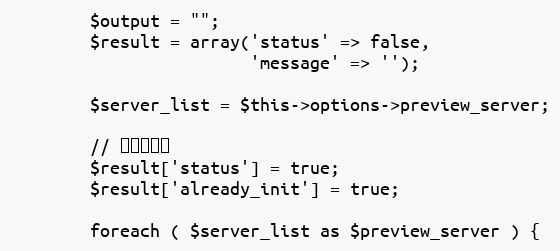
Language: PHP
		$output = "";
		$result = array('status' => false,
						'message' => '');

		$server_list = $this->options->preview_server;

		// 初期値設定
		$result['status'] = true;
		$result['already_init'] = true;

		foreach ( $server_list as $preview_server ) {